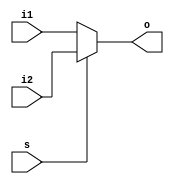
module mux(o,i1,i2,s);

input i1,i2,s;

output o;

assign o=s? i2:i1;

endmodule